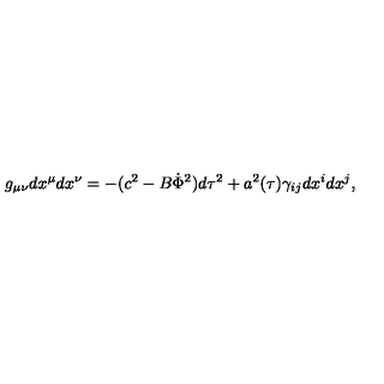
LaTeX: g _ { \mu \nu } d x ^ { \mu } d x ^ { \nu } = - ( c ^ { 2 } - B \dot { \Phi } ^ { 2 } ) d \tau ^ { 2 } + a ^ { 2 } ( \tau ) \gamma _ { i j } d x ^ { i } d x ^ { j } ,